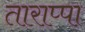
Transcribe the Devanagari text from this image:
ताराप्पा